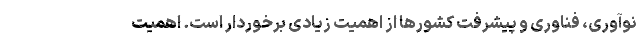
نوآوری، فناوری و پیشرفت کشور‌ها از اهمیت زیادی برخوردار است. اهمیت